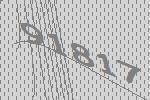
91817